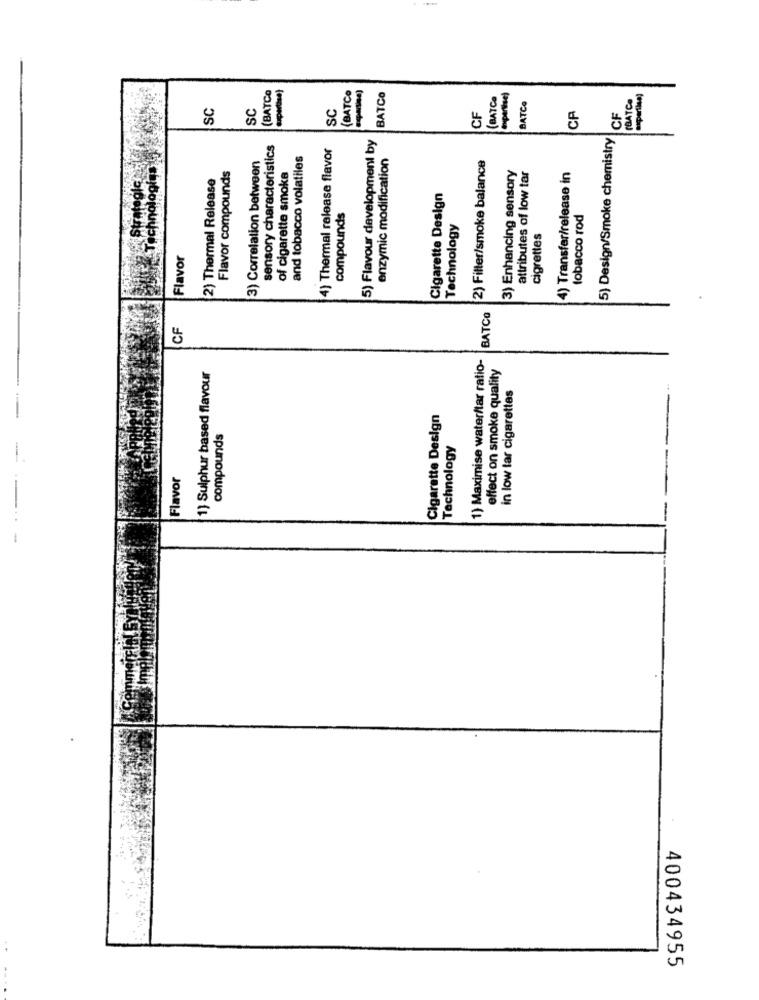
(BATCe
BATCe
BATCO
(BATC.
sportive)
BATCO
ABATCE
SC
SC
SC
CF
CP
CF
5) Flavour development by
5) Design/Smoke chemistry
sensory characteristics
4) Thermal release flavor
3) Correlation between
and tobacco volatiles
enzymic modification
Flavor compounds
2) Filter/smoke balance
3) Enhancing sensory
Technologies
2) Thermal Release
of cigarette smoke
attributes of low tar
4) Transfer/release in
Cigarette Design
compounds
tobacco rod
Technology
cigrettes
Flavor
BATCO
CF
1) Maximise water/tar ratio-
effect on smoke quality
1) Sulphur based flavour
in low tar cigarettes
Cigarette Design
compounds
Technology
Flavor
400434955